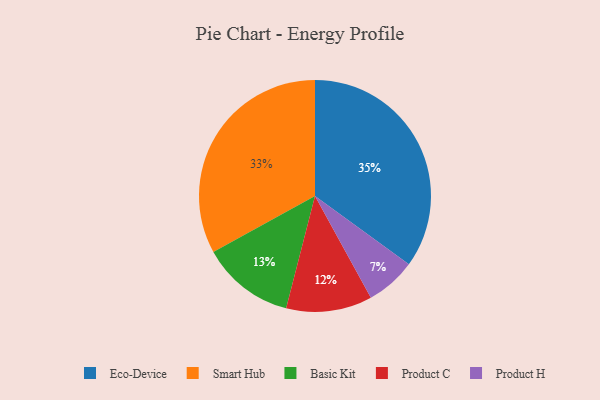
{"axis": {"x": "Category", "y": "Percentage"}, "legend": ["Basic Kit", "Eco-Device", "Product C", "Product H", "Smart Hub"], "data": [{"x": "Basic Kit", "y": 13, "type": "Basic Kit"}, {"x": "Product H", "y": 7, "type": "Product H"}, {"x": "Eco-Device", "y": 35, "type": "Eco-Device"}, {"x": "Product C", "y": 12, "type": "Product C"}, {"x": "Smart Hub", "y": 33, "type": "Smart Hub"}]}